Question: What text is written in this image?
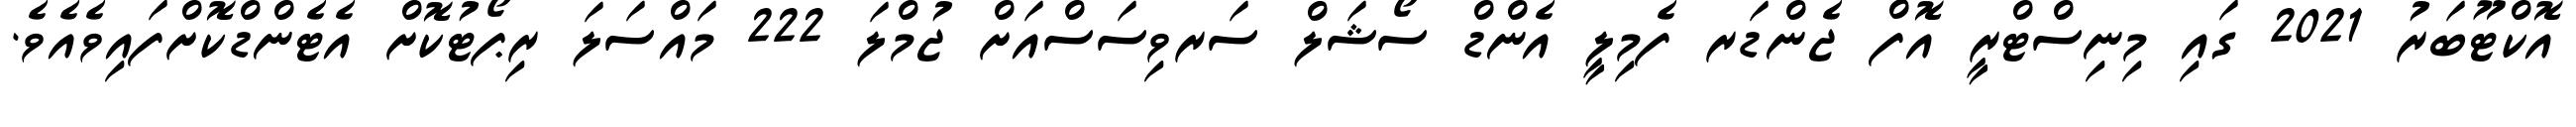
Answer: އޮކްޓޫބަރު 2021 ގައި މިނިސްޓްރީ އޮފް ޖެންޑަރ ފެމިލީ އެންޑް ސޯޝަލް ސަރވިސަސްއަށް ޖުމްލަ 222 މައްސަލަ ރިޕޯޓުކޮށް އެޓެންޑްކޮށްފައިވެއެވެ.